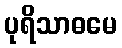
ပုရိသာဓမေ